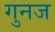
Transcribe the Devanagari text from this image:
गुनज